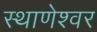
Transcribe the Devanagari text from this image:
स्थाणेश्वर